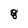
Character: 8